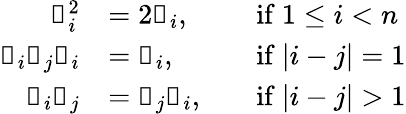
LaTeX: \begin{array}{rlrl}{\mathbb{u}_{i}^{2}}&{=2\mathbb{u}_{i},}&&{\mathrm{if~}1\leq i<n}\\ {\mathbb{u}_{i}\mathbb{u}_{j}\mathbb{u}_{i}}&{=\mathbb{u}_{i},}&&{\mathrm{if~}|i-j|=1}\\ {\mathbb{u}_{i}\mathbb{u}_{j}}&{=\mathbb{u}_{j}\mathbb{u}_{i},}&&{\mathrm{if~}|i-j|>1}\end{array}